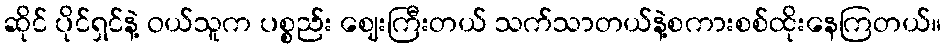
ဆိုင် ပိုင်ရှင်နဲ့ ဝယ်သူက ပစ္စည်း ဈေးကြီးတယ် သက်သာတယ်နဲ့စကားစစ်ထိုးနေကြတယ်။